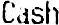
CASH